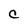
Character: C